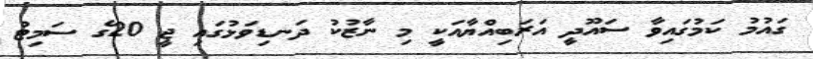
ގައުމު ކަމުގައިވާ ސައޫދީ އަރަބިއްޔާއަކީ މި ނާޒުކު ދަނޑިވަޅުގައި ޖީ 20ގެ ސަމިޓު